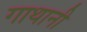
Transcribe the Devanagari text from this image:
गाथानी